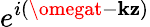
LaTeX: e^{i(\omegat-\mathbf{k}\mathbf{z})}